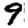
Digit: 9